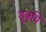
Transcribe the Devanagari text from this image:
शुजयि